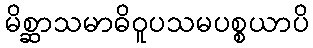
မိစ္ဆာသမာဓိဝူပသမပစ္စယာပိ